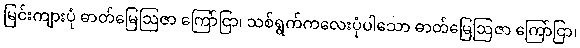
မြင်းကျားပုံ ဓာတ်မြေဩဇာ ကြော်ငြာ၊ သစ်ရွက်ကလေးပုံပါသော ဓာတ်မြေဩဇာ ကြော်ငြာ၊